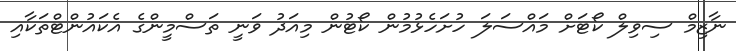
ނާޒިމް ސިވިލް ކޯޓަށް މައްސަލަ ހުށަހެޅުމުން ކޯޓުން މިއަދު ވަނީ ތަސްމީންގެ އެކައުންޓްތަކާއި